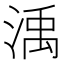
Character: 渪